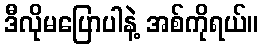
ဒီလိုမပြောပါနဲ့ အစ်ကိုရယ်။